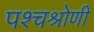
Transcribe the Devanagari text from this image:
पश्चश्रोणी